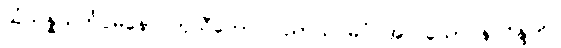
သံသန္နသင်္ကပ္ပမနော ကုသီတော၊ ပညာယ မဂ္ဂံ အလသော န ဝိန္ဒတိ။